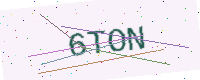
Text: 6TON